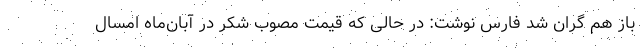
باز هم گران شد فارس نوشت: در حالی که قیمت مصوب شکر در آبان‌ماه امسال